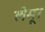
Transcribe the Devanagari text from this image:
लेमूर